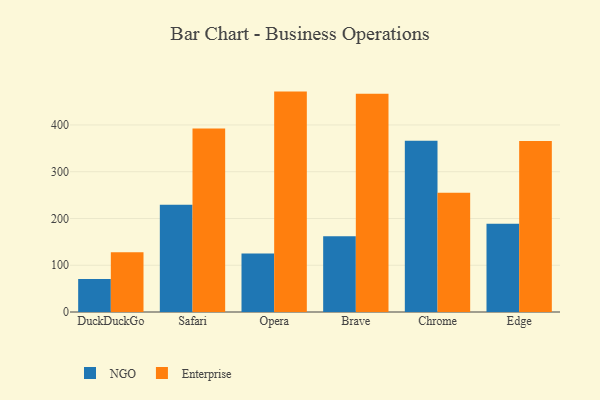
{"axis": {"x": "Browser", "y": "Churn Rate (%)"}, "legend": ["Enterprise", "NGO"], "data": [{"x": "DuckDuckGo", "y": 70.5, "type": "NGO"}, {"x": "DuckDuckGo", "y": 127.8, "type": "Enterprise"}, {"x": "Safari", "y": 229.2, "type": "NGO"}, {"x": "Safari", "y": 392.6, "type": "Enterprise"}, {"x": "Opera", "y": 125.1, "type": "NGO"}, {"x": "Opera", "y": 471.3, "type": "Enterprise"}, {"x": "Brave", "y": 162.0, "type": "NGO"}, {"x": "Brave", "y": 466.7, "type": "Enterprise"}, {"x": "Chrome", "y": 366.0, "type": "NGO"}, {"x": "Chrome", "y": 255.0, "type": "Enterprise"}, {"x": "Edge", "y": 188.5, "type": "NGO"}, {"x": "Edge", "y": 365.7, "type": "Enterprise"}]}